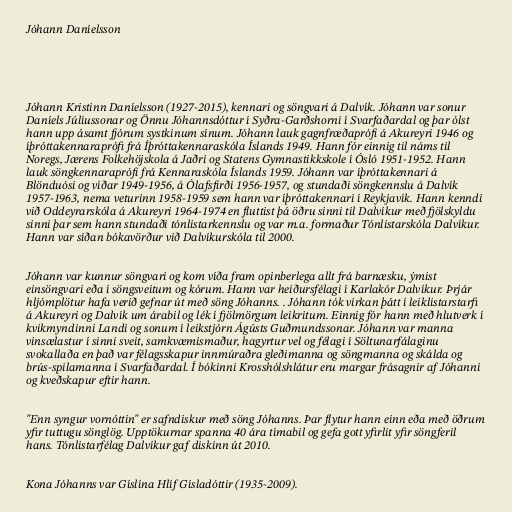
Jóhann Daníelsson

‎

Jóhann Kristinn Daníelsson (1927-2015), kennari og söngvari á Dalvík. Jóhann var sonur
Daníels Júlíussonar og Önnu Jóhannsdóttur í Syðra-Garðshorni í Svarfaðardal og þar ólst
hann upp ásamt fjórum systkinum sínum. Jóhann lauk gagnfræðaprófi á Akureyri 1946 og
íþróttakennaraprófi frá Íþróttakennaraskóla Íslands 1949. Hann fór einnig til náms til
Noregs, Jærens Folkehöjskola á Jaðri og Statens Gymnastikkskole í Ósló 1951-1952. Hann
lauk söngkennaraprófi frá Kennaraskóla Íslands 1959. Jóhann var íþróttakennari á
Blönduósi og víðar 1949-1956, á Ólafsfirði 1956-1957, og stundaði söngkennslu á Dalvík
1957-1963, nema veturinn 1958-1959 sem hann var íþróttakennari í Reykjavík. Hann kenndi
við Oddeyrarskóla á Akureyri 1964-1974 en fluttist þá öðru sinni til Dalvíkur með fjölskyldu
sinni þar sem hann stundaði tónlistarkennslu og var m.a. formaður Tónlistarskóla Dalvíkur.
Hann var síðan bókavörður við Dalvíkurskóla til 2000.

Jóhann var kunnur söngvari og kom víða fram opinberlega allt frá barnæsku, ýmist
einsöngvari eða í söngsveitum og kórum. Hann var heiðursfélagi í Karlakór Dalvíkur. Þrjár
hljómplötur hafa verið gefnar út með söng Jóhanns. . Jóhann tók virkan þátt í leiklistarstarfi
á Akureyri og Dalvík um árabil og lék í fjölmörgum leikritum. Einnig fór hann með hlutverk í
kvikmyndinni Landi og sonum í leikstjórn Ágústs Guðmundssonar. Jóhann var manna
vinsælastur í sinni sveit, samkvæmismaður, hagyrtur vel og félagi í Söltunarfálaginu
svokallaða en það var félagsskapur innmúraðra gleðimanna og söngmanna og skálda og
brús-spilamanna í Svarfaðardal. Í bókinni Krosshólshlátur eru margar frásagnir af Jóhanni
og kveðskapur eftir hann.

"Enn syngur vornóttin" er safndiskur með söng Jóhanns. Þar flytur hann einn eða með öðrum
yfir tuttugu sönglög. Upptökurnar spanna 40 ára tímabil og gefa gott yfirlit yfir söngferil
hans. Tónlistarfélag Dalvíkur gaf diskinn út 2010.

Kona Jóhanns var Gíslína Hlíf Gísladóttir (1935-2009).